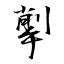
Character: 揱